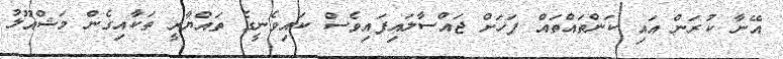
އޭނާ ކުރަން އައި ކަންތައްތައް ފަހަށް ޖައްސާލައިފައިވެސް ކައިވެނީގެ ތައްޔާރީ ތަކާއިގެން މަޝްއޫލު